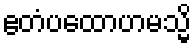
ဧတံပထောဟမသ္မိ